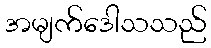
အမျက်ဒေါသသည်